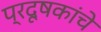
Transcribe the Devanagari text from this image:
प्रदूषकांचे